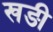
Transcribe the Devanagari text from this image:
खङी